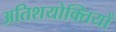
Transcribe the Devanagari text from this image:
अतिशयोक्तियों